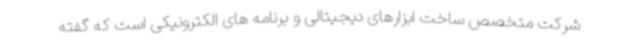
شرکت متخصص ساخت ابزارهای دیجیتالی و برنامه های الکترونیکی است که گفته